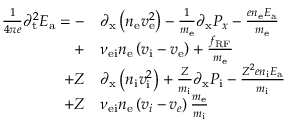
\begin{array} { r l } { \frac { 1 } { 4 \pi e } { \partial _ { \mathrm { t } } ^ { 2 } } E _ { \mathrm { a } } = - } & { { } { \partial _ { \mathrm { x } } \left( n _ { \mathrm { e } } v _ { \mathrm { e } } ^ { 2 } \right) } - \frac { 1 } { m _ { \mathrm { e } } } { \partial _ { \mathrm { x } } P _ { x } } - \frac { e n _ { \mathrm { e } } E _ { \mathrm { a } } } { m _ { \mathrm { e } } } } \\ { + } & { { } \nu _ { \mathrm { e i } } n _ { \mathrm { e } } \left( v _ { \mathrm { i } } - v _ { \mathrm { e } } \right) + \frac { f _ { \mathrm { { R F } } } } { m _ { \mathrm { e } } } } \\ { + Z } & { { } { \partial _ { \mathrm { x } } \left( n _ { \mathrm { i } } v _ { \mathrm { i } } ^ { 2 } \right) } + \frac { Z } { m _ { \mathrm { i } } } { \partial _ { \mathrm { x } } P _ { \mathrm { i } } } - \frac { Z ^ { 2 } e n _ { \mathrm { i } } E _ { \mathrm { a } } } { m _ { \mathrm { i } } } } \\ { + Z } & { { } \nu _ { \mathrm { e i } } n _ { \mathrm { e } } \left( v _ { i } - v _ { e } \right) \frac { m _ { \mathrm { e } } } { m _ { \mathrm { i } } } } \end{array}